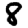
Digit: 8